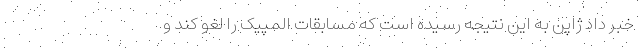
خبر داد ژاپن به این نتیجه رسیده است که مسابقات المپیک را لغو کند و